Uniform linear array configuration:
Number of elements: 16
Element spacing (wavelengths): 0.25
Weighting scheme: uniform
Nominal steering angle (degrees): -15
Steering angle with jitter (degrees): -13.982
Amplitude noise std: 0.05
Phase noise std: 0.05

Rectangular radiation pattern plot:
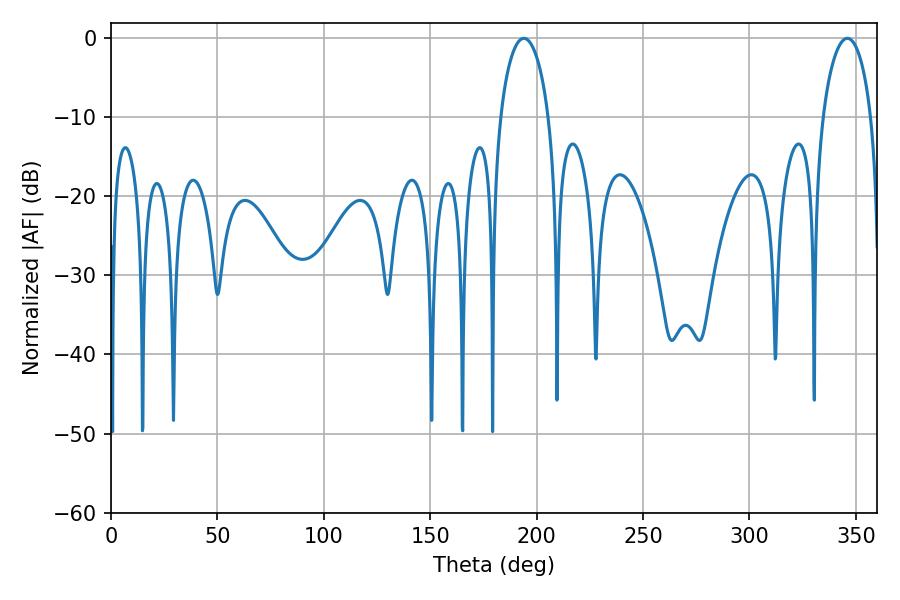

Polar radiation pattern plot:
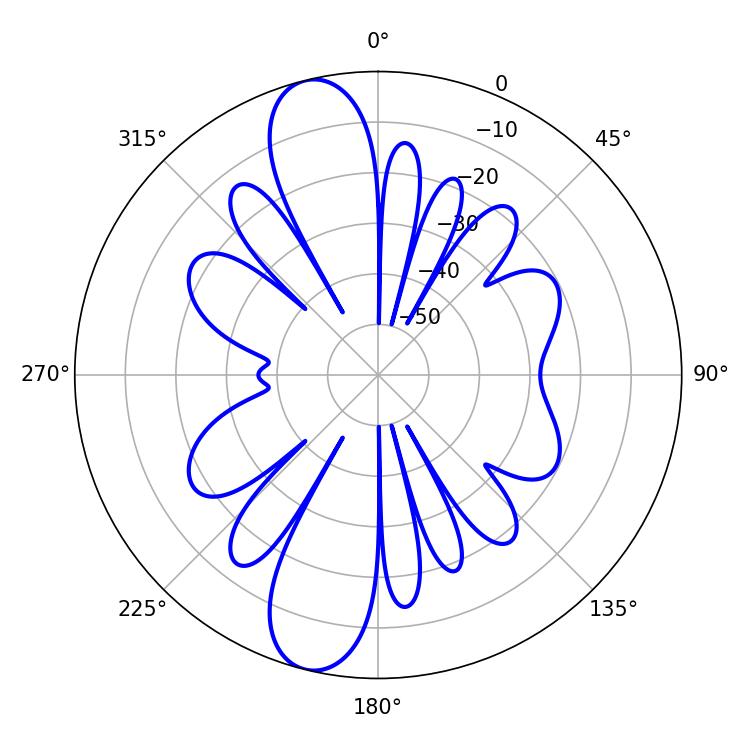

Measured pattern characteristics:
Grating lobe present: FALSE
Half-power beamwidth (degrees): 13.14
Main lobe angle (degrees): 194.04